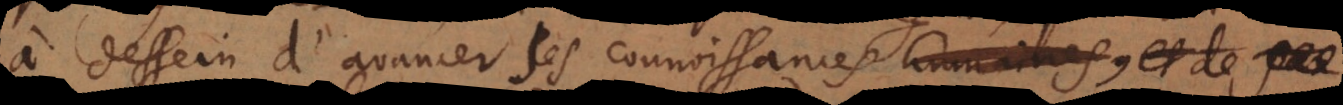
a dessein d’avancer les connoissances humaines.